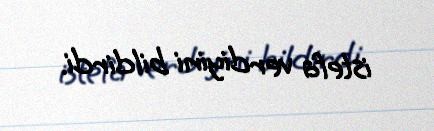
istefa verdiyini bildirdi.